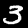
Label: 3